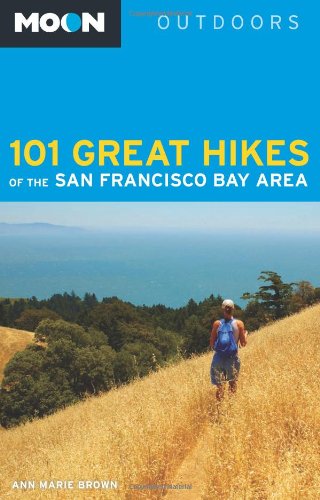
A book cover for Moon 101 Great Hikes of the San Francisco Bay Area (Moon Outdoors); Ann Marie Brown; Sports & Outdoors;